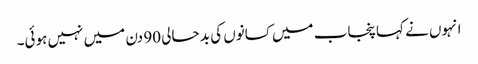
انہوں نے کہا پنجاب میں کسانوں کی بد حالی 90 دن میں نہیں ہوئی۔